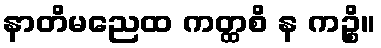
နာတိမညေထ ကတ္ထစိ န ကဉ္စိ။